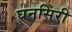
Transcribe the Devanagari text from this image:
घनसिरी